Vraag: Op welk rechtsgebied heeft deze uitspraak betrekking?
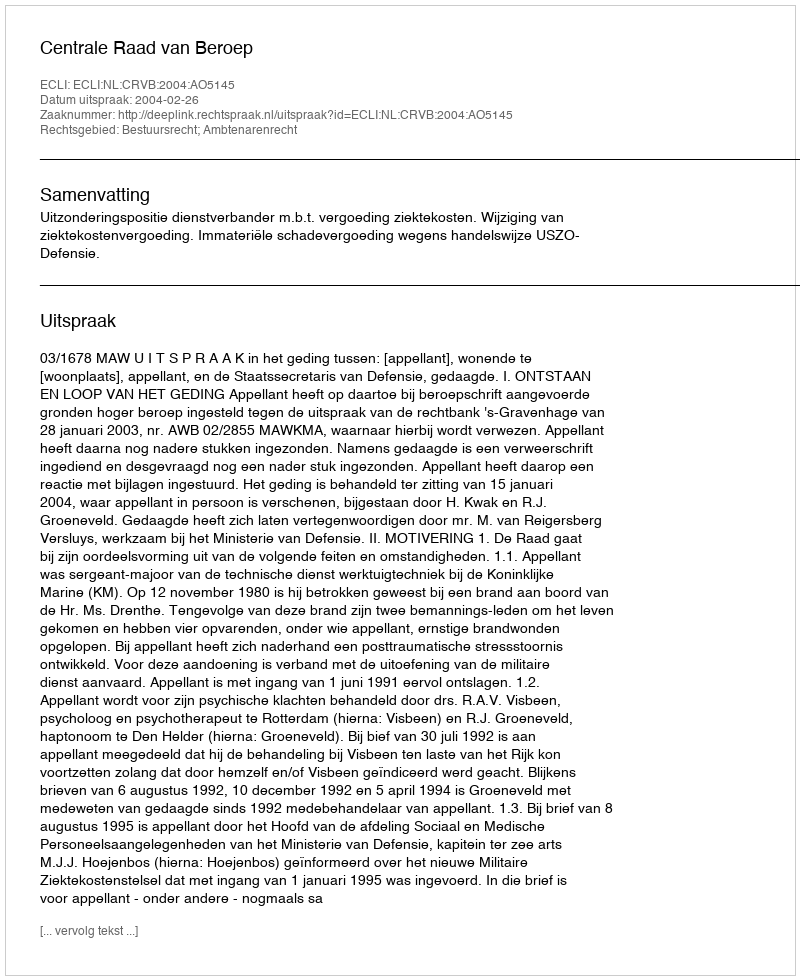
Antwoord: Bestuursrecht; Ambtenarenrecht